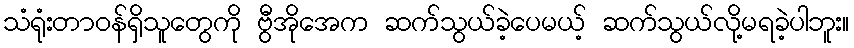
သံရုံးတာဝန်ရှိသူတွေကို ဗွီအိုအေက ဆက်သွယ်ခဲ့ပေမယ့် ဆက်သွယ်လို့မရခဲ့ပါဘူး။